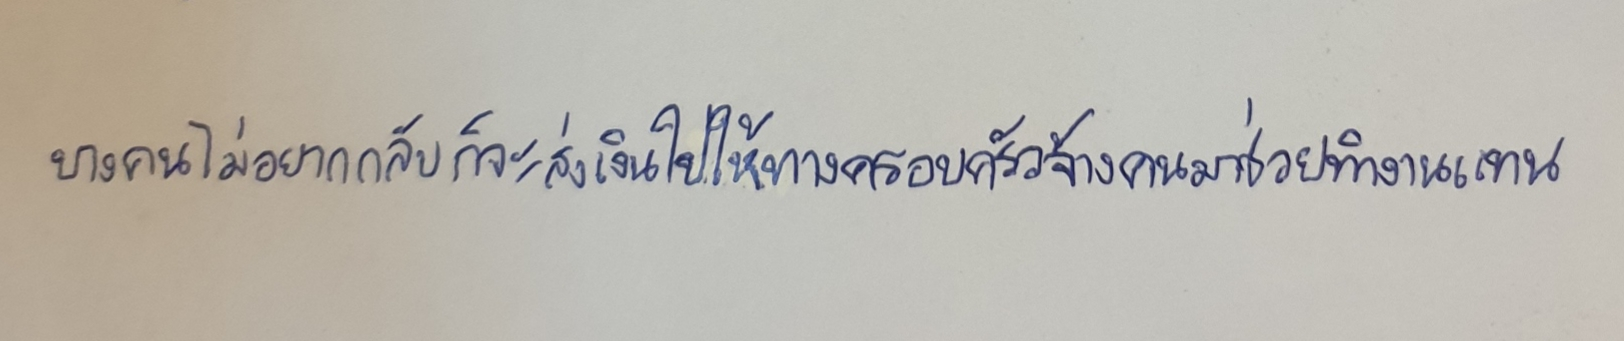
บางคนไม่อยากกลับก็จะส่งเงินไปให้ทางครอบครัวจ้างคนมาช่วยทำงานแทน